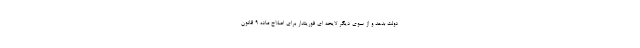
دولت بدهد و از سوی دیگر لایحه ای فوریتدار برای اصلاح ماده ۹ قانون